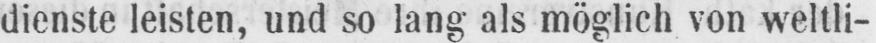
dienste leisten, und so lang als möglich von weltli-